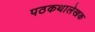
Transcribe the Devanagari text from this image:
पठकथालेखक